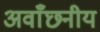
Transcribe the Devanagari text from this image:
अवाँछनीय